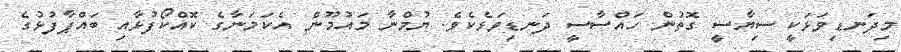
މިދަނޑިވަޅަކީ ސިޔާސީ ގޮތުން ހައްސާސީ ދަނޑިވަޅެކެވެ. ޔުމްނާ މައުމޫން